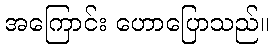
အကြောင်း ဟောပြောသည်။